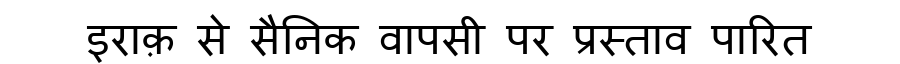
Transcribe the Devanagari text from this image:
इराक़ से सैनिक वापसी पर प्रस्ताव पारित